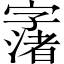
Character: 𱚂